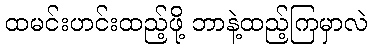
ထမင်းဟင်းထည့်ဖို့ ဘာနဲ့ထည့်ကြမှာလဲ